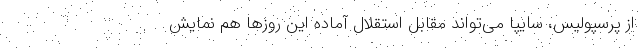
از پرسپولیس، سایپا می‌تواند مقابل استقلالِ آماده این روزها هم نمایش